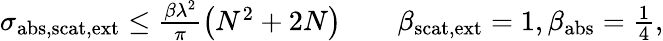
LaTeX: \begin{array}{r}{\sigma_{\mathrm{abs,scat,ext}}\leq\frac{\beta\lambda^{2}}{\pi}\left(N^{2}+2N\right)\qquad\beta_{\mathrm{scat,ext}}=1,\beta_{\mathrm{abs}}=\frac{1}{4},}\end{array}